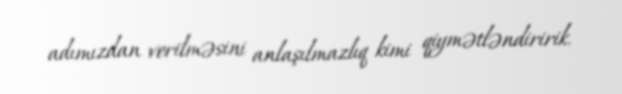
adımızdan verilməsini anlaşılmazlıq kimi qiymətləndiririk.